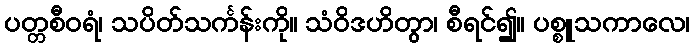
ပတ္တစီဝရံ၊ သပိတ်သင်္ကန်းကို။ သံဝိဒဟိတွာ၊ စီရင်၍။ ပစ္စူသကာလေ၊